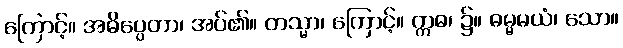
ကြောင့်။ အဓိပ္ပေတာ၊ အပ်၏။ တသ္မာ၊ ကြောင့်။ ဣဓ၊ ၌။ ဓမ္မမယံ၊ သော။